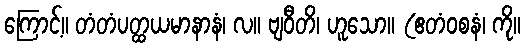
ကြောင့်။ တံတံပတ္ထယမာနာနံ၊ လ။ ဗျဝီတိ၊ ဟူသော။ (ဧတံဝစနံ၊ ကို။